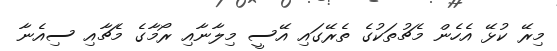
މިރޭ ކުޅޭ އެހެން މެޗުތަކުގެ ތެރޭގައި އޭސީ މިލާނާއި ރޯމާގެ މެޗާއި ސިއެނާ